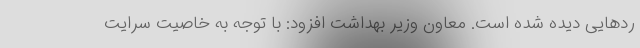
رد‌هایی دیده شده است. معاون وزیر بهداشت افزود: با توجه به خاصیت سرایت